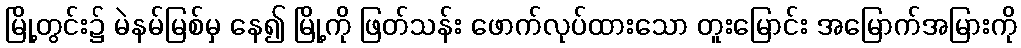
မြို့တွင်း၌ မဲနမ်မြစ်မှ နေ၍ မြို့ကို ဖြတ်သန်း ဖောက်လုပ်ထားသော တူးမြောင်း အမြောက်အမြားကို